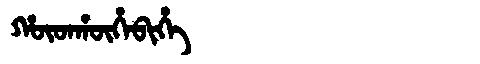
Manchu: ᡥᡡᡨᡥᡡᡥᠠᠪᡳᡥᡝ
Romanization: HŪTHŪHABIHE